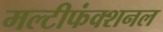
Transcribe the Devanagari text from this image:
मल्टीफंक्शनल